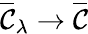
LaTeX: \overline{{{{\cal C}}}}_{\lambda}\rightarrow\overline{{{{\cal C}}}}